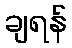
ချရန်